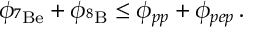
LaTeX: \phi _ { ^ 7 \mathrm { B e } } + \phi _ { ^ 8 \mathrm { B } } \leq \phi _ { p p } + \phi _ { p e p } \, .